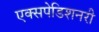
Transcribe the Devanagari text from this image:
एक्सपेडिशनरी